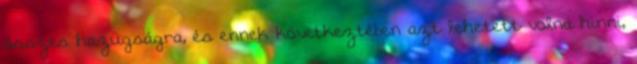
összes hazugságra, és ennek következtében azt lehetett volna hinni,